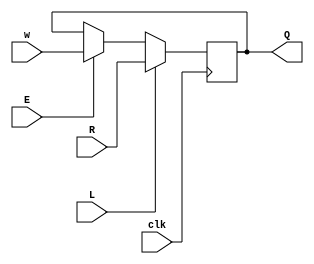
module top_module (
    input clk,
    input w, R, E, L,
    output Q
);
    wire [1:0] temp;
    reg out;
    assign temp[0] = E ? w : Q;
    assign temp[1] = L ? R : temp[0];

    always @(posedge clk) begin
        out <= temp[1];
    end

    assign Q = out;

endmodule